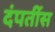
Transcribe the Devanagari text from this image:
दंपतींस